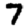
Digit: 7